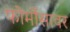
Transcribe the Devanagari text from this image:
फोर्मोसावर